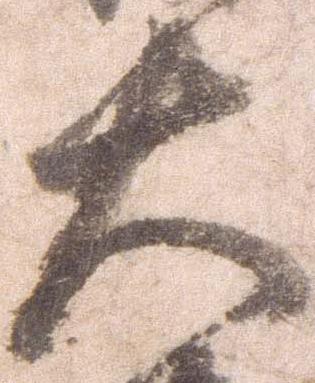
大